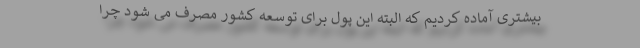
بیشتری آماده کردیم که البته این پول برای توسعه کشور مصرف می شود چرا